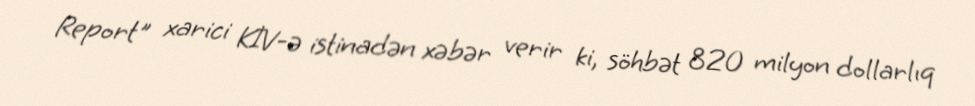
Report" xarici KİV-ə istinadən xəbər verir ki, söhbət 820 milyon dollarlıq